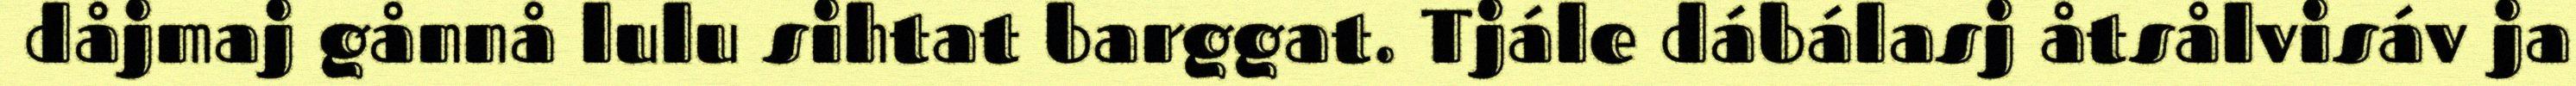
dåjmaj gånnå lulu sihtat barggat. Tjále dábálasj åtsålvisáv ja